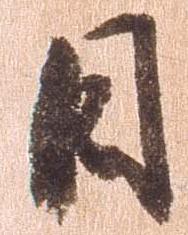
日